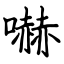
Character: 嚇